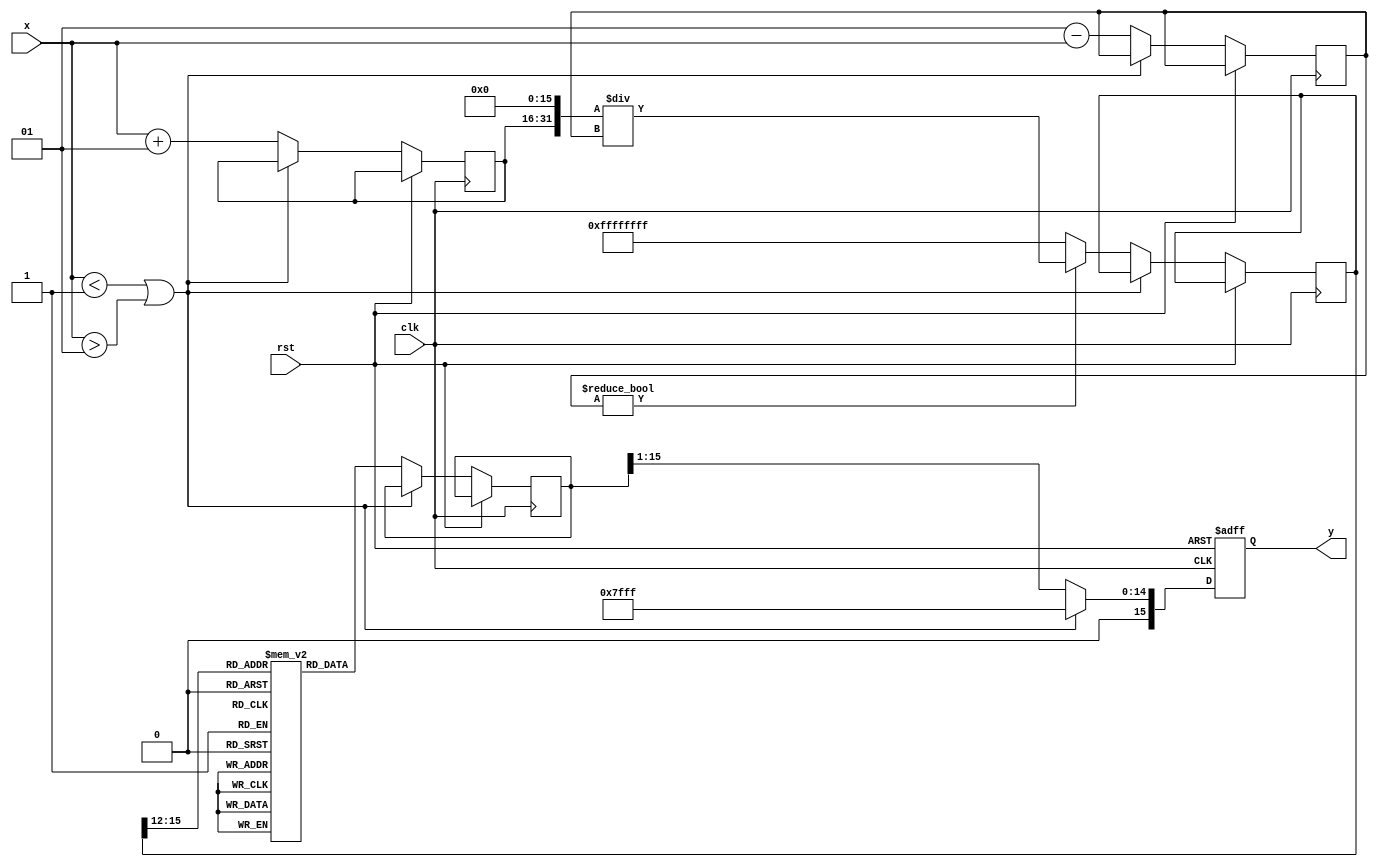
module atanh (
    input wire signed [15:0] x,    // Input: Fixed-point representation of x in range (-1, 1)
    output reg signed [15:0] y,     // Output: Fixed-point representation of atanh(x)
    input wire clk,                  // Clock signal
    input wire rst                   // Reset signal
);

    // Constants
    localparam signed [15:0] ONE = 16'h0001; // Fixed-point representation of 1
    localparam signed [15:0] NEG_ONE = -16'h0001; // Fixed-point representation of -1
    localparam signed [15:0] ERROR_VALUE = 16'h7FFF; // Predefined error value (max positive value)

    // Internal signals
    reg signed [15:0] num;  // Numerator (1 + x)
    reg signed [15:0] den;  // Denominator (1 - x)
    reg signed [31:0] div_result; // Division result (1+x)/(1-x)
    reg signed [15:0] log_result; // Logarithm result
    reg valid_input; // Input validation flag

    // Simple logarithm lookup table (for demonstration)
    reg signed [15:0] log_table [0:15]; // Logarithm lookup table for values
    
    initial begin
        // Populate logarithm lookup table (example values)
        log_table[0] = 0;     // ln(1) = 0
        log_table[1] = 0;     // Placeholder for ln(1.1)
        log_table[2] = 0;     // Placeholder for ln(1.2)
        log_table[3] = 0;     // Placeholder for ln(1.3)
        log_table[4] = 0;     // Placeholder for ln(1.4)
        log_table[5] = 0;     // Placeholder for ln(1.5)
        log_table[6] = 0;     // Placeholder for ln(1.6)
        log_table[7] = 0;     // Placeholder for ln(1.7)
        log_table[8] = 0;     // Placeholder for ln(1.8)
        log_table[9] = 0;     // Placeholder for ln(1.9)
        log_table[10] = 0;    // Placeholder for ln(2)
        log_table[11] = 0;    // Placeholder for ln(2.1)
        log_table[12] = 0;    // Placeholder for ln(2.2)
        log_table[13] = 0;    // Placeholder for ln(2.3)
        log_table[14] = 0;    // Placeholder for ln(2.4)
        log_table[15] = 0;     // Placeholder for ln(2.5)
    end

    // Input Validation and Computation
    always @(posedge clk or posedge rst) begin
        if (rst) begin
            y <= 0;
            valid_input <= 1'b0;
        end else begin
            // Check input range
            if (x < NEG_ONE || x > ONE) begin
                y <= ERROR_VALUE; // Invalid input, output error value
                valid_input <= 1'b0;
            end else begin
                valid_input <= 1'b1;
                // Compute numerator and denominator
                num <= x + ONE;  // 1 + x
                den <= ONE - x;  // 1 - x

                // Perform division (use a simple multiplication for fixed-point division)
                if (den != 0) begin
                    div_result <= (num << 16) / den; // Fixed-point division (shifting to maintain precision)
                end else begin
                    div_result <= 32'hFFFFFFFF; // Handle division by zero
                end
                
                // Compute logarithm (using a lookup table for simplicity)
                log_result <= log_table[div_result[15:12]]; // Get log from table based on integer part

                // Scale the result
                y <= log_result >> 1; // Scale by 1/2
            end
        end
    end
endmodule